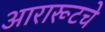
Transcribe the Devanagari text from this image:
आरारूटचे